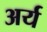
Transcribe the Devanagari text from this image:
अर्य